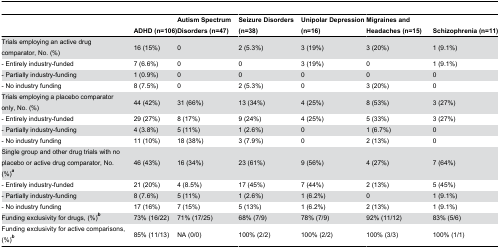
|  | ADHD (n=106) | Autism Spectrum Disorders (n=47) | Seizure Disorders (n=38) | Unipolar Depression (n=16) | Migraines and Headaches (n=15) | Schizophrenia (n=11) |
 | --- | --- | --- | --- | --- | --- | --- |
 | Trials employing an active drug comparator, No. (%) | 16 (15%) | 0 | 2 (5.3%) | 3 (19%) | 3 (20%) | 1 (9.1%) |
 | - Entirely industry-funded | 7 (6.6%) | 0 | 0 | 3 (19%) | 0 | 1 (9.1%) |
 | - Partially industry-funding | 1 (0.9%) | 0 | 0 | 0 | 0 | 0 |
 | - No industry funding | 8 (7.5%) | 0 | 2 (5.3%) | 0 | 3 (20%) | 0 |
 | Trials employing a placebo comparator only, No. (%) | 44 (42%) | 31 (66%) | 13 (34%) | 4 (25%) | 8 (53%) | 3 (27%) |
 | - Entirely industry-funded | 29 (27%) | 8 (17%) | 9 (24%) | 4 (25%) | 5 (33%) | 3 (27%) |
 | - Partially industry-funding | 4 (3.8%) | 5 (11%) | 1 (2.6%) | 0 | 1 (6.7%) | 0 |
 | - No industry funding | 11 (10%) | 18 (38%) | 3 (7.9%) | 0 | 2 (13%) | 0 |
 | Single group and other drug trials with no placebo or active drug comparator, No. (%)a | 46 (43%) | 16 (34%) | 23 (61%) | 9 (56%) | 4 (27%) | 7 (64%) |
 | - Entirely industry-funded | 21 (20%) | 4 (8.5%) | 17 (45%) | 7 (44%) | 2 (13%) | 5 (45%) |
 | - Partially industry-funding | 8 (7.6%) | 5 (11%) | 1 (2.6%) | 1 (6.2%) | 0 | 1 (9.1%) |
 | - No industry funding | 17 (16%) | 7 (15%) | 5 (13%) | 1 (6.2%) | 2 (13%) | 1 (9.1%) |
 | Funding exclusivity for drugs, (%)b | 73% (16/22) | 71% (17/25) | 68% (7/9) | 78% (7/9) | 92% (11/12) | 83% (5/6) |
 | Funding exclusivity for active comparisons, (%)b | 85% (11/13) | NA (0/0) | 100% (2/2) | 100% (2/2) | 100% (3/3) | 100% (1/1) |